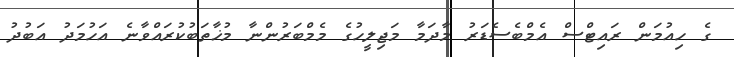
ގެ ހިއުމަން ރައިޓްސް އެމްބެސެޑަރު މާދަމާ މަޖިލީހުގެ މެމްބަރުންނާ މުޚާތަބުކުރައްވާނެ އަހުމަދު އަބުދު